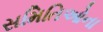
સમિતિઓના